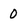
Character: 0